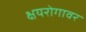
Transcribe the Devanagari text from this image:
क्षयरोगावर